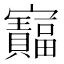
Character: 𫴦